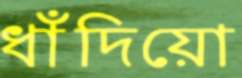
ধাঁদিয়ো